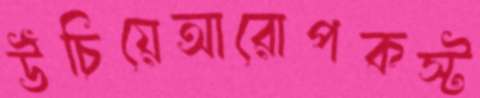
উঁচিয়েআরোপকস্ট